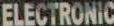
ELECTRONIC